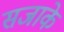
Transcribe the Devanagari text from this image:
सजाके